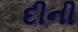
દીની